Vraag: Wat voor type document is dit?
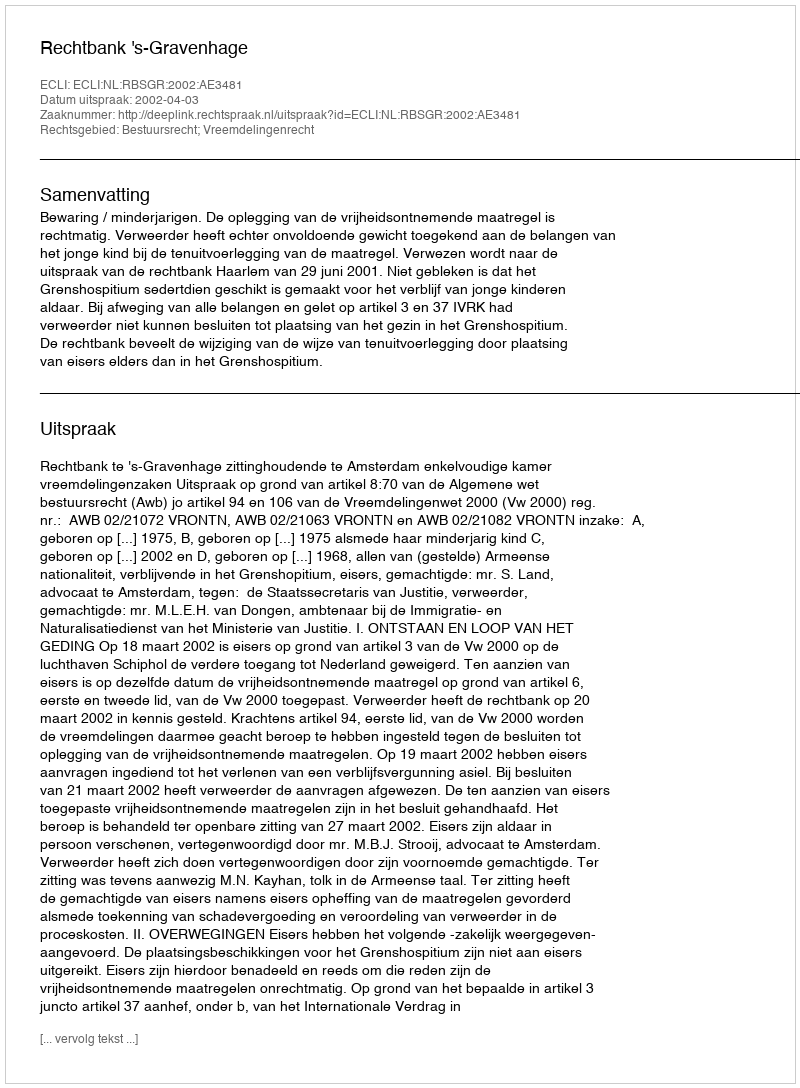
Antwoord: Uitspraak